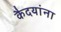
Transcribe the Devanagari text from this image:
कैदयांना